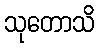
သုတောသိ